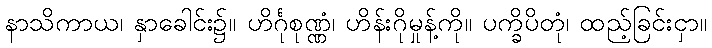
နာသိကာယ၊ နှာခေါင်း၌။ ဟိင်္ဂုစုဏ္ဏံ၊ ဟိန်းဂိုမှုန့်ကို။ ပက္ခိပိတုံ၊ ထည့်ခြင်းငှာ။